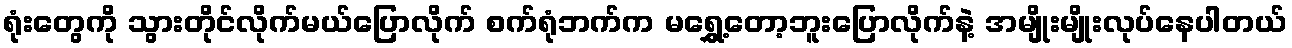
ရုံးတွေကို သွားတိုင်လိုက်မယ်ပြောလိုက် စက်ရုံဘက်က မရွှေ့တော့ဘူးပြောလိုက်နဲ့ အမျိုးမျိုးလုပ်နေပါတယ်